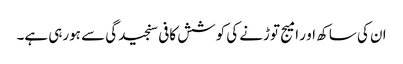
ان کی ساکھ او ر امیج توڑنے کی کوشش کافی سنجیدگی سے ہورہی ہے۔